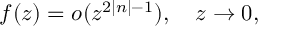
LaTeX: f ( z ) = o ( z ^ { 2 \left| n \right| - 1 } ) , \quad z \rightarrow 0 ,